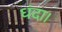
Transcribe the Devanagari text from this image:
धंदा।